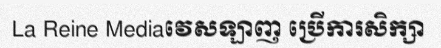
La Reine Mediaវេសឡាញ ប្រើការសិក្សា